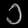
Digit: ၁